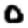
Digit: 0